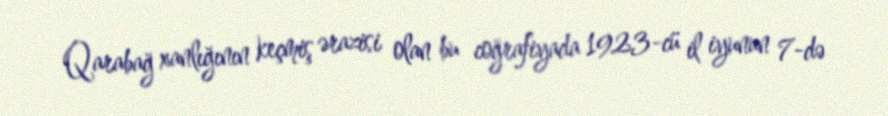
Qarabağ xanlığının keçmiş ərazisi olan bu coğrafiyada 1923-cü il iyunun 7-də